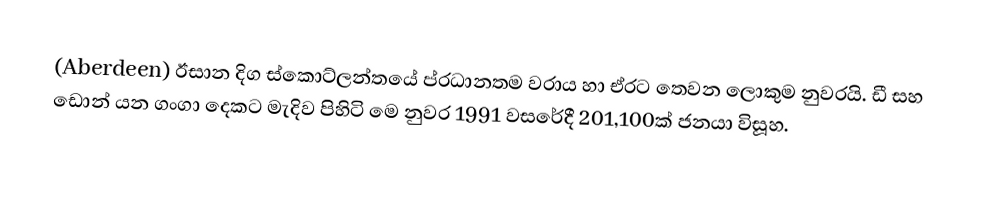
(Aberdeen) ඊසාන දිග ස්කොට්ලන්තයේ ප්රධානතම වරාය හා ඒරට තෙවන ලොකුම නුවරයි. ඩී සහ ඩොන් යන ගංගා දෙකට මැදිව පිහිටි මෙ නුවර 1991 වසරේදී 201,100ක් ජනයා විසූහ.